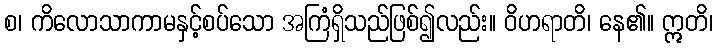
စ၊ ကိလောသာကာမနှင့်စပ်သော အကြံရှိသည်ဖြစ်၍လည်း။ ဝိဟရာတိ၊ နေ၏။ ဣတိ၊